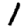
Digit: 1